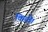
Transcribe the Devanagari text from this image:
किती।